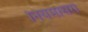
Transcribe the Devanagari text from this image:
नियमासरा